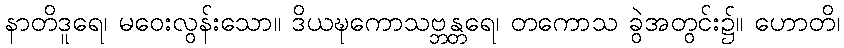
နာတိဒူရေ၊ မဝေးလွန်းသော။ ဒိယဍ္ဎကောသဗ္ဘန္တရေ၊ တကောသ ခွဲအတွင်း၌။ ဟောတိ၊